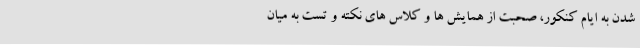
شدن به ایام کنکور، صحبت از همایش ها و کلاس های نکته و تست به میان